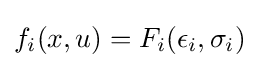
f_{i}(x,u)=F_{i}(\epsilon _{i},\sigma _{i})